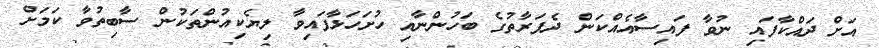
އަށް ދައްކާފައި ނުވާ ފައިސާއެއްކަން ދެފަރާތުގެ ބަހުންނާއި ހުށަހަޅާފައިވާ ލިޔެކިއުންތަކުން ސާބިތުވާ ކަމަށް